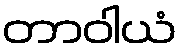
တာဝါယံ